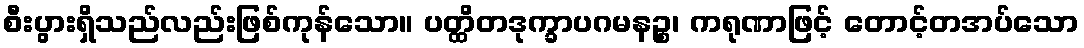
စီးပွားရှိသည်လည်းဖြစ်ကုန်သော။ ပတ္ထိတဒုက္ခာပဂမနဉ္စ၊ ကရုဏာဖြင့် တောင့်တအပ်သော